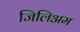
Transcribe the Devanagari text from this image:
जिलिअम